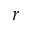
r